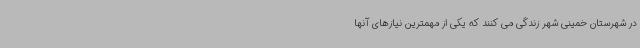
در شهرستان خمینی شهر زندگی می کنند که یکی از مهمترین نیازهای آنها